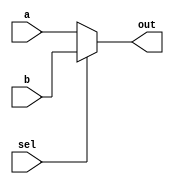
module top_module( 
    input [99:0] a, b,
    input sel,
    output [99:0] out );

    // Insert your code here

    always @(sel or a or b) begin
        out <= sel ? b : a;
    end

endmodule